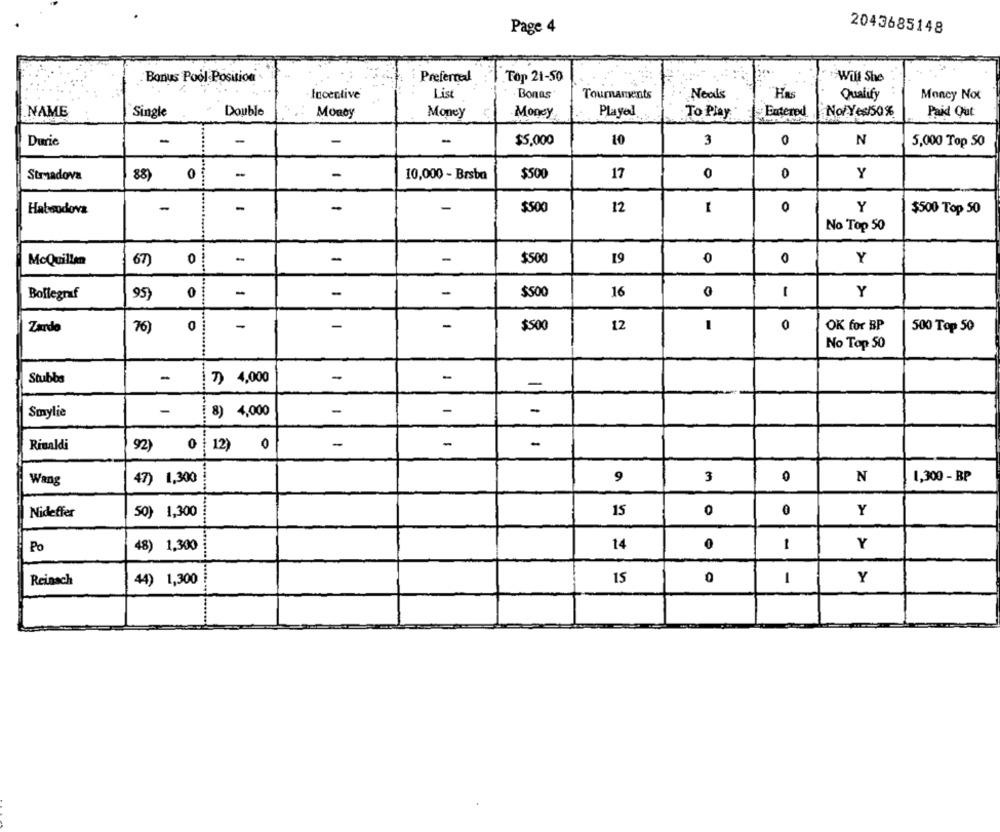
Page 4
2043685148
Bonus Pool Position
Preferred
.Top 21-50
Will She
List
Incentive
Bones
Tournaments
Neals
Has
Qualify
Money Not
.NAME
Single
Double
Money
Money
Money
Played
To Play
Entered
No/Yes/50 %
Paid Out
Durie
-
-
$5,000
10
3
0
N
5,000 Top 50
88)
0 1
-
10,000 - Brsba
$500
17
0
0
Y
Stradova
-
-
-
-
$500
12
0
Y
Habsodova
$500 Top 50
No Top 50
-
-
McQuillen
67)
0
-
$500
19
0
0
Y
0
-
-
-
$500
16
0
Y
Bollegraf
95)
1
O
-
-
-
12
0
OK for BP
Zardo
76)
$500
500 Top 50
No Top 50
Stubbs
-
7) 4,000
-
-
-
-
-
Smylie
-
( 8) 4,000
-
-
-
Rinaldi
92)
0 12) 0
-
Wang
47) 1,300 !
9
3
0
N
1,300 - BP
Nideffer
50) 1,300
15
0
0
Y
Po
48) 1,300
14
0
-
Y
Reinsch
44) 1,300
15
0
-
Y